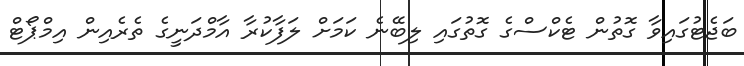
ބަޖެޓުގައިވާ ގޮތުން ޓެކްސްގެ ގޮތުގައި ލިބޭނެ ކަމަށް ލަފާކުރާ އާމްދަނީގެ ތެރެއިން އިމްޕޯޓް